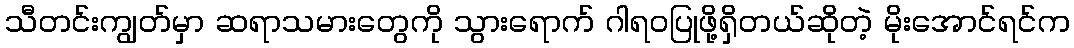
သီတင်းကျွတ်မှာ ဆရာသမားတွေကို သွားရောက် ဂါရဝပြုဖို့ရှိတယ်ဆိုတဲ့ မိုးအောင်ရင်က